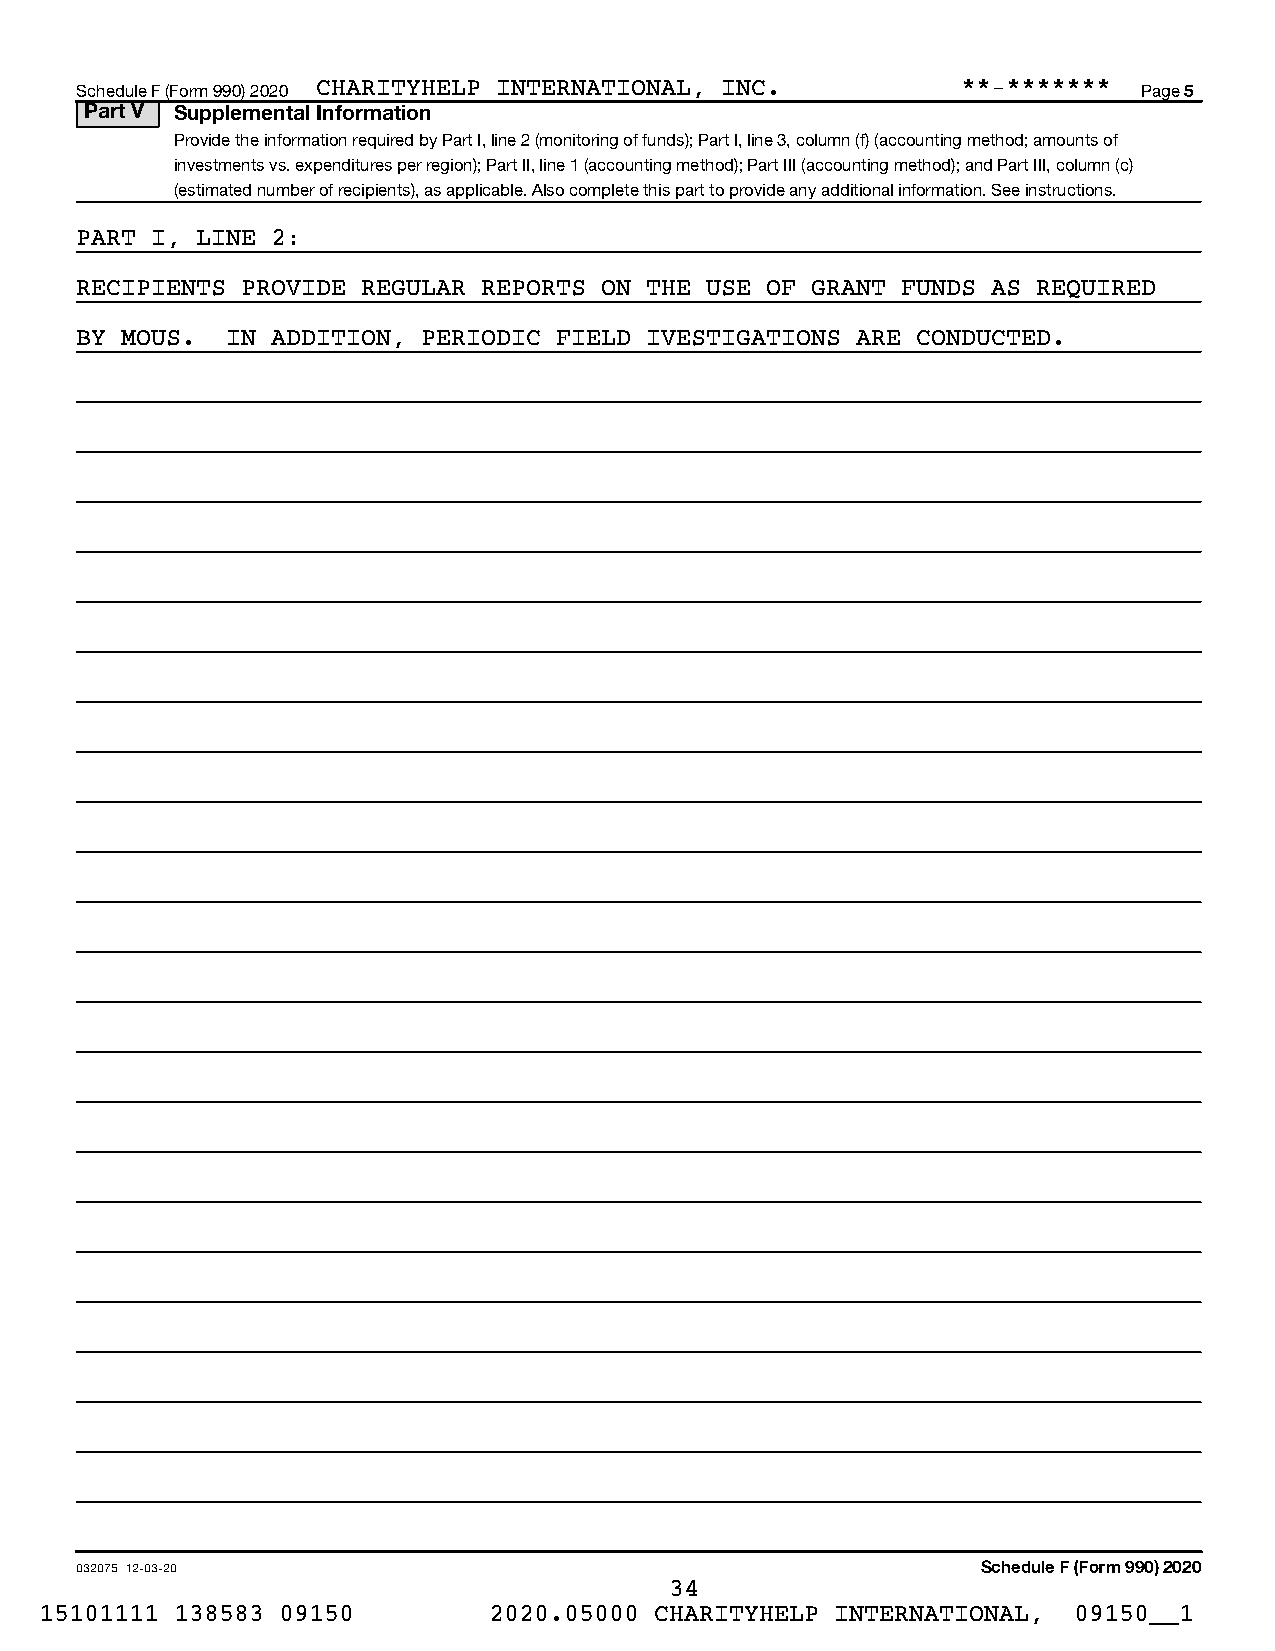
Schedule F (Form 990) 2020 CHARITYHELP INTERNATIONAL, INC. **-*******  Page 5
 Part V Supplemental Information
 Provide the information required by Part I, line 2 (monitoring of funds); Part I, line 3, column (f) (accounting method; amounts of
 investments vs. expenditures per region); Part II, line 1 (accounting method); Part III (accounting method); and Part III, column (c)
 (estimated number of recipients), as applicable. Also complete this part to provide any additional information. See instructions.
 PART I, LINE 2:
 RECIPIENTS PROVIDE REGULAR REPORTS ON THE USE OF GRANT FUNDS AS REQUIRED
 BY MOUS.  IN ADDITION, PERIODIC FIELD IVESTIGATIONS ARE CONDUCTED.
 032075 12-03-20                                             Schedule F (Form 990) 2020
 34
 15101111 138583 09150        2020.05000 CHARITYHELP INTERNATIONAL,  09150__1